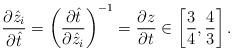
LaTeX: \begin{align*} \frac{\partial \hat{z}_i}{\partial \hat{t}} = \left(\frac{\partial \hat{t}}{\partial \hat{z}_i}\right)^{-1} = \frac{\partial z}{\partial t} \in \left[\frac{3}{4},\frac{4}{3}\right]. \end{align*}